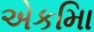
એકમાિ